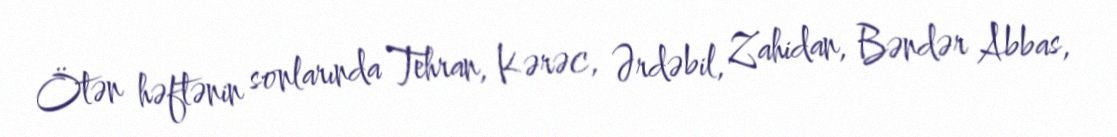
Ötən həftənin sonlarında Tehran, Kərəc, Ərdəbil, Zahidan, Bəndər Abbas,